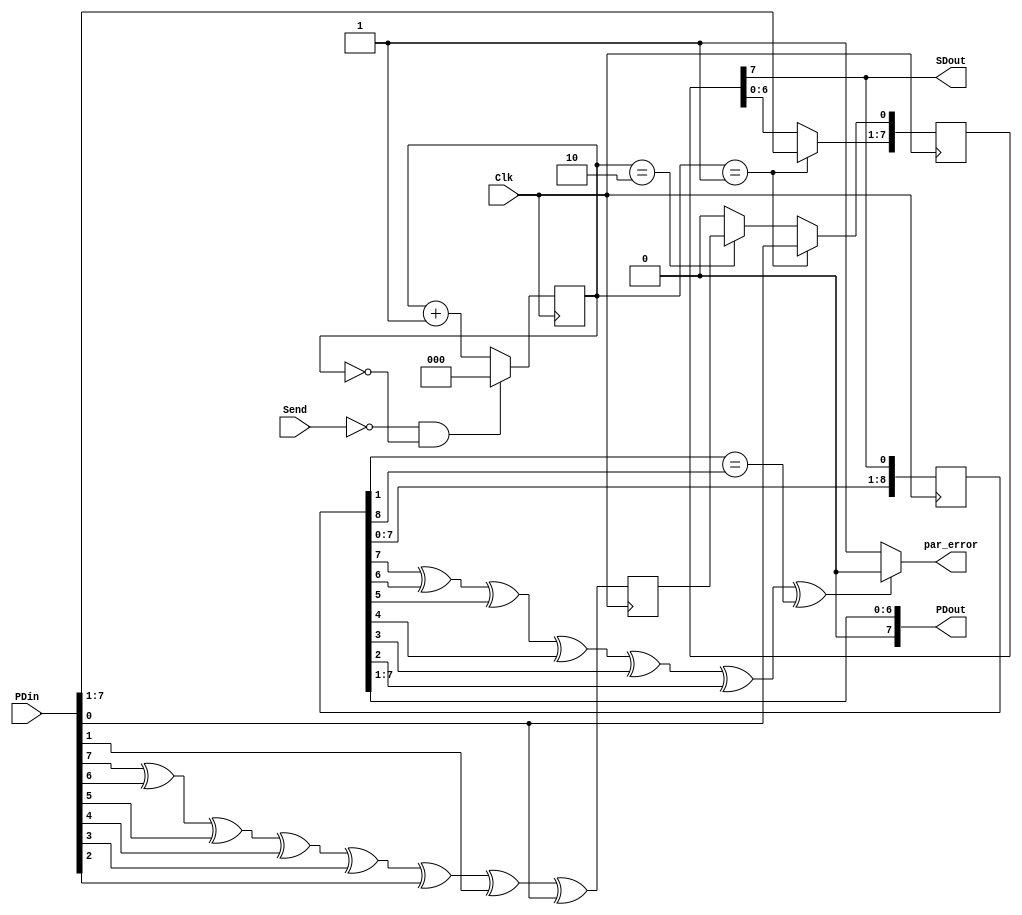
module parity(Send,Clk,PDin,SDout,PDout,par_error);

input Send,Clk;
input [7:0] PDin;
output SDout;
output [7:0] PDout;
wire SCout;
assign SCout=Clk;
wire SDin;
reg parity;
output  par_error;

reg [7:0] regout;
always@(posedge SCout)
      begin
     
      if(counter[2:0] ==3'b1 )
        regout[7:0]<= PDin[7:0];
        
       else
          begin  
            regout[7:1]<= regout[6:0];
          if(counter[2:0] ==3'b010 )
            regout[0]<=parity;
          else 
            regout[0]<=1'b0;
        end           

       end

always@(posedge SCout)
   parity=PDin[7]^PDin[6]^PDin[5]^PDin[4]^PDin[3]^PDin[2]^PDin[1]^PDin[0];
        
assign SDout =regout[7];
assign SDin=SDout;



reg [8:0] regSout;
always@(posedge Clk)
        begin 
            regSout[8:1]<= regSout[7:0];
            regSout[0]<=SDin;
         end
         
assign PDout[6:0] = regSout[7:1];
assign PDout[7] =1'b0;  // set to zero for error





 assign par_error=(PDout[7]^PDout[6]^PDout[5]^PDout[4]^PDout[3]^PDout[2]^PDout[1]^PDout[0]==regSout[8])?1'b0:1'b1;


 
 


reg [2:0] counter;
always@(posedge Clk)
begin
   if(Send==0 & counter[2:0]==3'b0)
     counter[2:0]<=3'b0;
     
   else 
     counter[2:0]<=counter[2:0]+3'b1;
end



endmodule